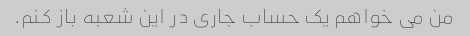
من می خواهم یک حساب جاری در این شعبه باز کنم.